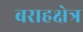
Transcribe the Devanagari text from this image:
बराहक्षेत्र